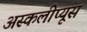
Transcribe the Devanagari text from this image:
अस्कलीप्यूस